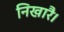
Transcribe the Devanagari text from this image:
निखारै।